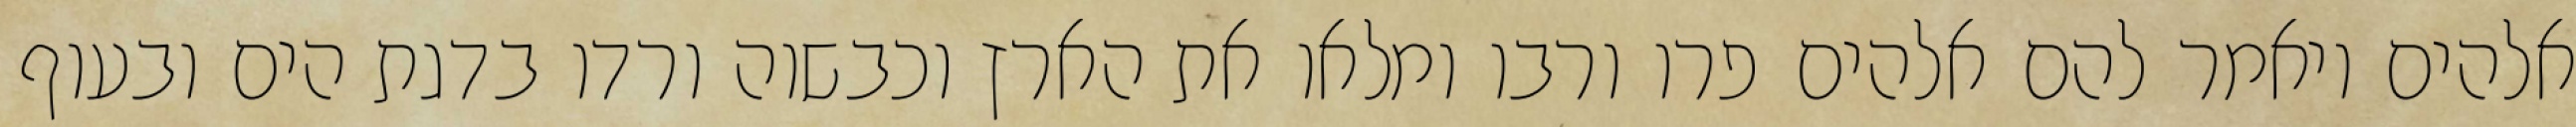
אלהים ויאמר להם אלהים פרו ורבו ומלאו את הארץ וכבשוה ורדו בדגת הים ובעוף